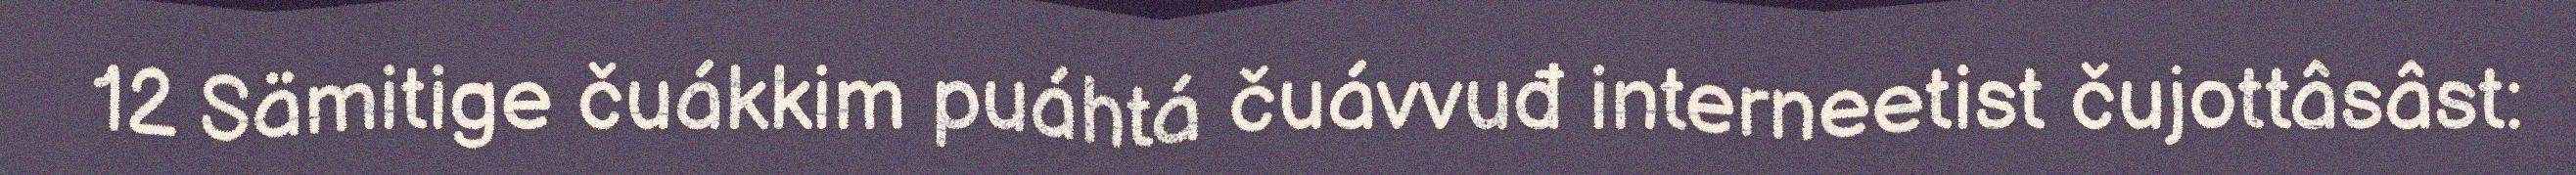
12 Sämitige čuákkim puáhtá čuávvuđ interneetist čujottâsâst: